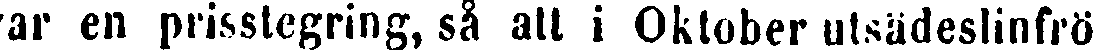
var en prisstegring, så att i Oktober utsädeslinfrö